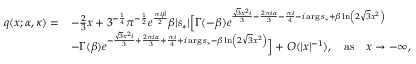
\begin{array} { r l } { q ( x ; \alpha , \kappa ) = } & { - \frac { 2 } { 3 } x + 3 ^ { - \frac { 1 } { 4 } } \pi ^ { - \frac { 1 } { 2 } } e ^ { \frac { \pi i { \beta } } { 2 } } { \beta } | s _ { * } | \Big [ \Gamma ( - { \beta } ) e ^ { \frac { \sqrt { 3 } x ^ { 2 } i } { 3 } - \frac { 2 \pi i \alpha } { 3 } - \frac { \pi i } { 4 } - i \arg s _ { * } + { \beta } \ln \left( 2 \sqrt { 3 } x ^ { 2 } \right) } } \\ & { - \Gamma ( { \beta } ) e ^ { - \frac { \sqrt { 3 } x ^ { 2 } i } { 3 } + \frac { 2 \pi i \alpha } { 3 } + \frac { \pi i } { 4 } + i \arg s _ { * } - { \beta } \ln \left( 2 \sqrt { 3 } x ^ { 2 } \right) } \Big ] + O ( | x | ^ { - 1 } ) , \quad \mathrm { a s } \quad x \rightarrow - \infty , } \end{array}